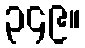
၃၄၉။